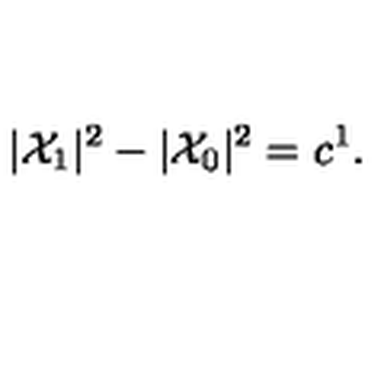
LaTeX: | { \cal X } _ { 1 } | ^ { 2 } - | { \cal X } _ { 0 } | ^ { 2 } = c ^ { 1 } .